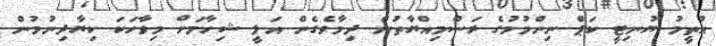
އުތީމު ޔުނިޓީ ކަޕް ނިންމުމުގެ ރަސްމިއްޔާތުން ދިމާވެގެން އަލީ ޝިހާމަށް މިވާހަކަ ކިޔާދިނުމުން